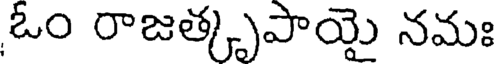
ఓం రాజత్కృపాయై నమః